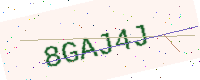
Text: 8GAJ4J